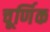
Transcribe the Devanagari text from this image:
चूर्णिक